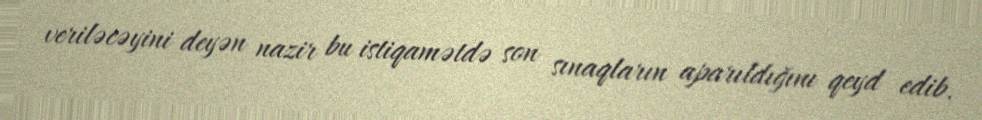
veriləcəyini deyən nazir bu istiqamətdə son sınaqların aparıldığını qeyd edib.